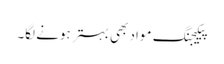
پیکیجنگ مواد بھی بہتر ہونے لگا۔